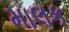
માલક